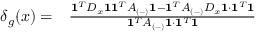
\begin{array} { r l } { \delta _ { g } ( x ) = } & { { } \frac { \mathbf { 1 } ^ { T } D _ { x } \mathbf { 1 } \mathbf { 1 } ^ { T } A _ { ( - ) } \mathbf { 1 } - \mathbf { 1 } ^ { T } A _ { ( - ) } D _ { x } \mathbf { 1 } \cdot \mathbf { 1 } ^ { T } \mathbf { 1 } } { \mathbf { 1 } ^ { T } A _ { ( - ) } \mathbf { 1 } \cdot \mathbf { 1 } ^ { T } \mathbf { 1 } } } \end{array}